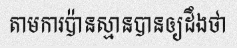
តាមការប៉ានស្មានបានឲ្យដឹងថា